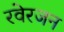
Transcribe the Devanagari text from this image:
रवेरजन